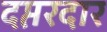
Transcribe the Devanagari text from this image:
दप्तरदार